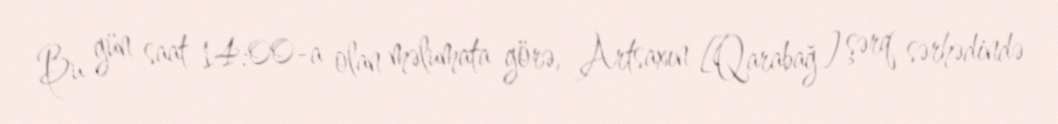
Bu gün saat 14:00-a olan məlumata görə, Artsaxın [Qarabağ] şərq sərhədində